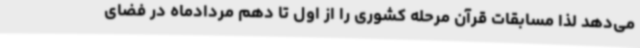
می‌دهد لذا مسابقات قرآن مرحله کشوری را از اول تا دهم مردادماه در فضای